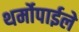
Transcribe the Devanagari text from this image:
थर्मोपाईले